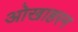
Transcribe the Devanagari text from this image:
ओखाहरन